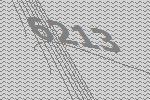
6213